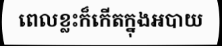
ពេលខ្លះក៏កើតក្នុងអបាយ